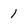
Character: 1